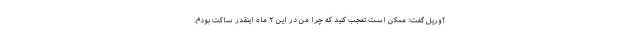
آوریل گفت: ممکن است تعجب کنید که چرا من در این ۲ ماه اینقدر ساکت بودم.